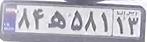
۸۴ه۵۸۱۱۳